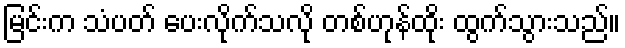
မြင်းက သံပတ် ပေးလိုက်သလို တစ်ဟုန်ထိုး ထွက်သွားသည်။